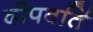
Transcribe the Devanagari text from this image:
दीपवर्ति